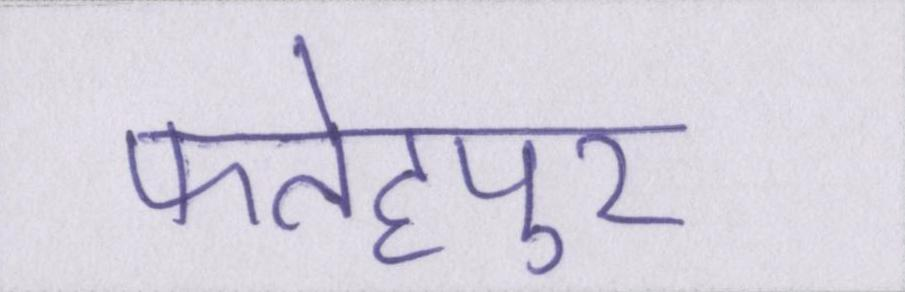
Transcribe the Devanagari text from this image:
फतेहपुर